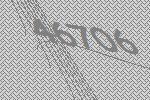
46706